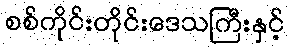
စစ်ကိုင်းတိုင်းဒေသကြီးနှင့်